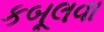
કબૂલવા